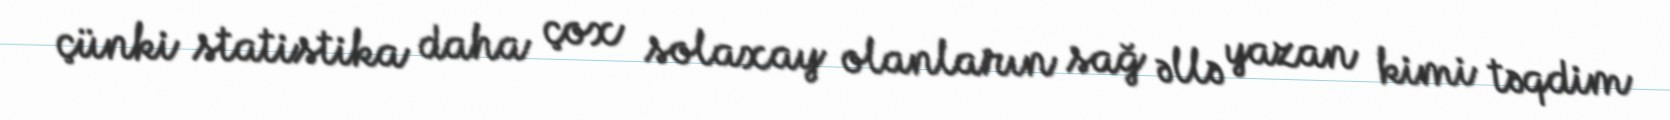
çünki statistika daha çox solaxay olanların sağ əllə yazan kimi təqdim